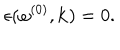
\epsilon ( \omega ^ { ( 0 ) } , { \bf k } ) = 0 .